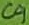
Text: C9